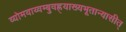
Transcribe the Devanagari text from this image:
व्योमवाय्वम्बुवह्न्याख्यभूतान्यासीत्